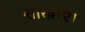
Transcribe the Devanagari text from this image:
शाखाएँ।